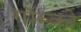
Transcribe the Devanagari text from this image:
गॉम्को